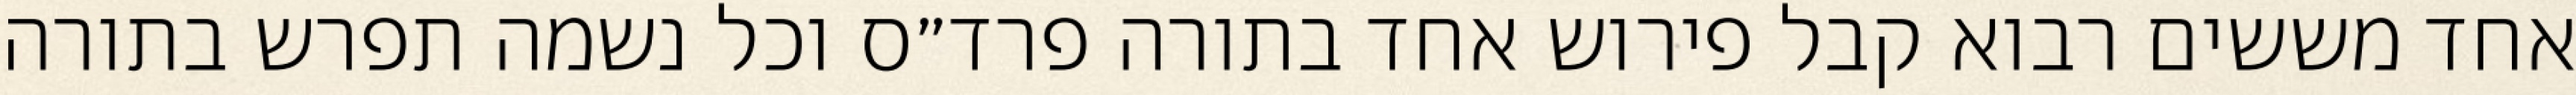
אחד מששים רבוא קבל פירוש אחד בתורה פרד״ס וכל נשמה תפרש בתורה